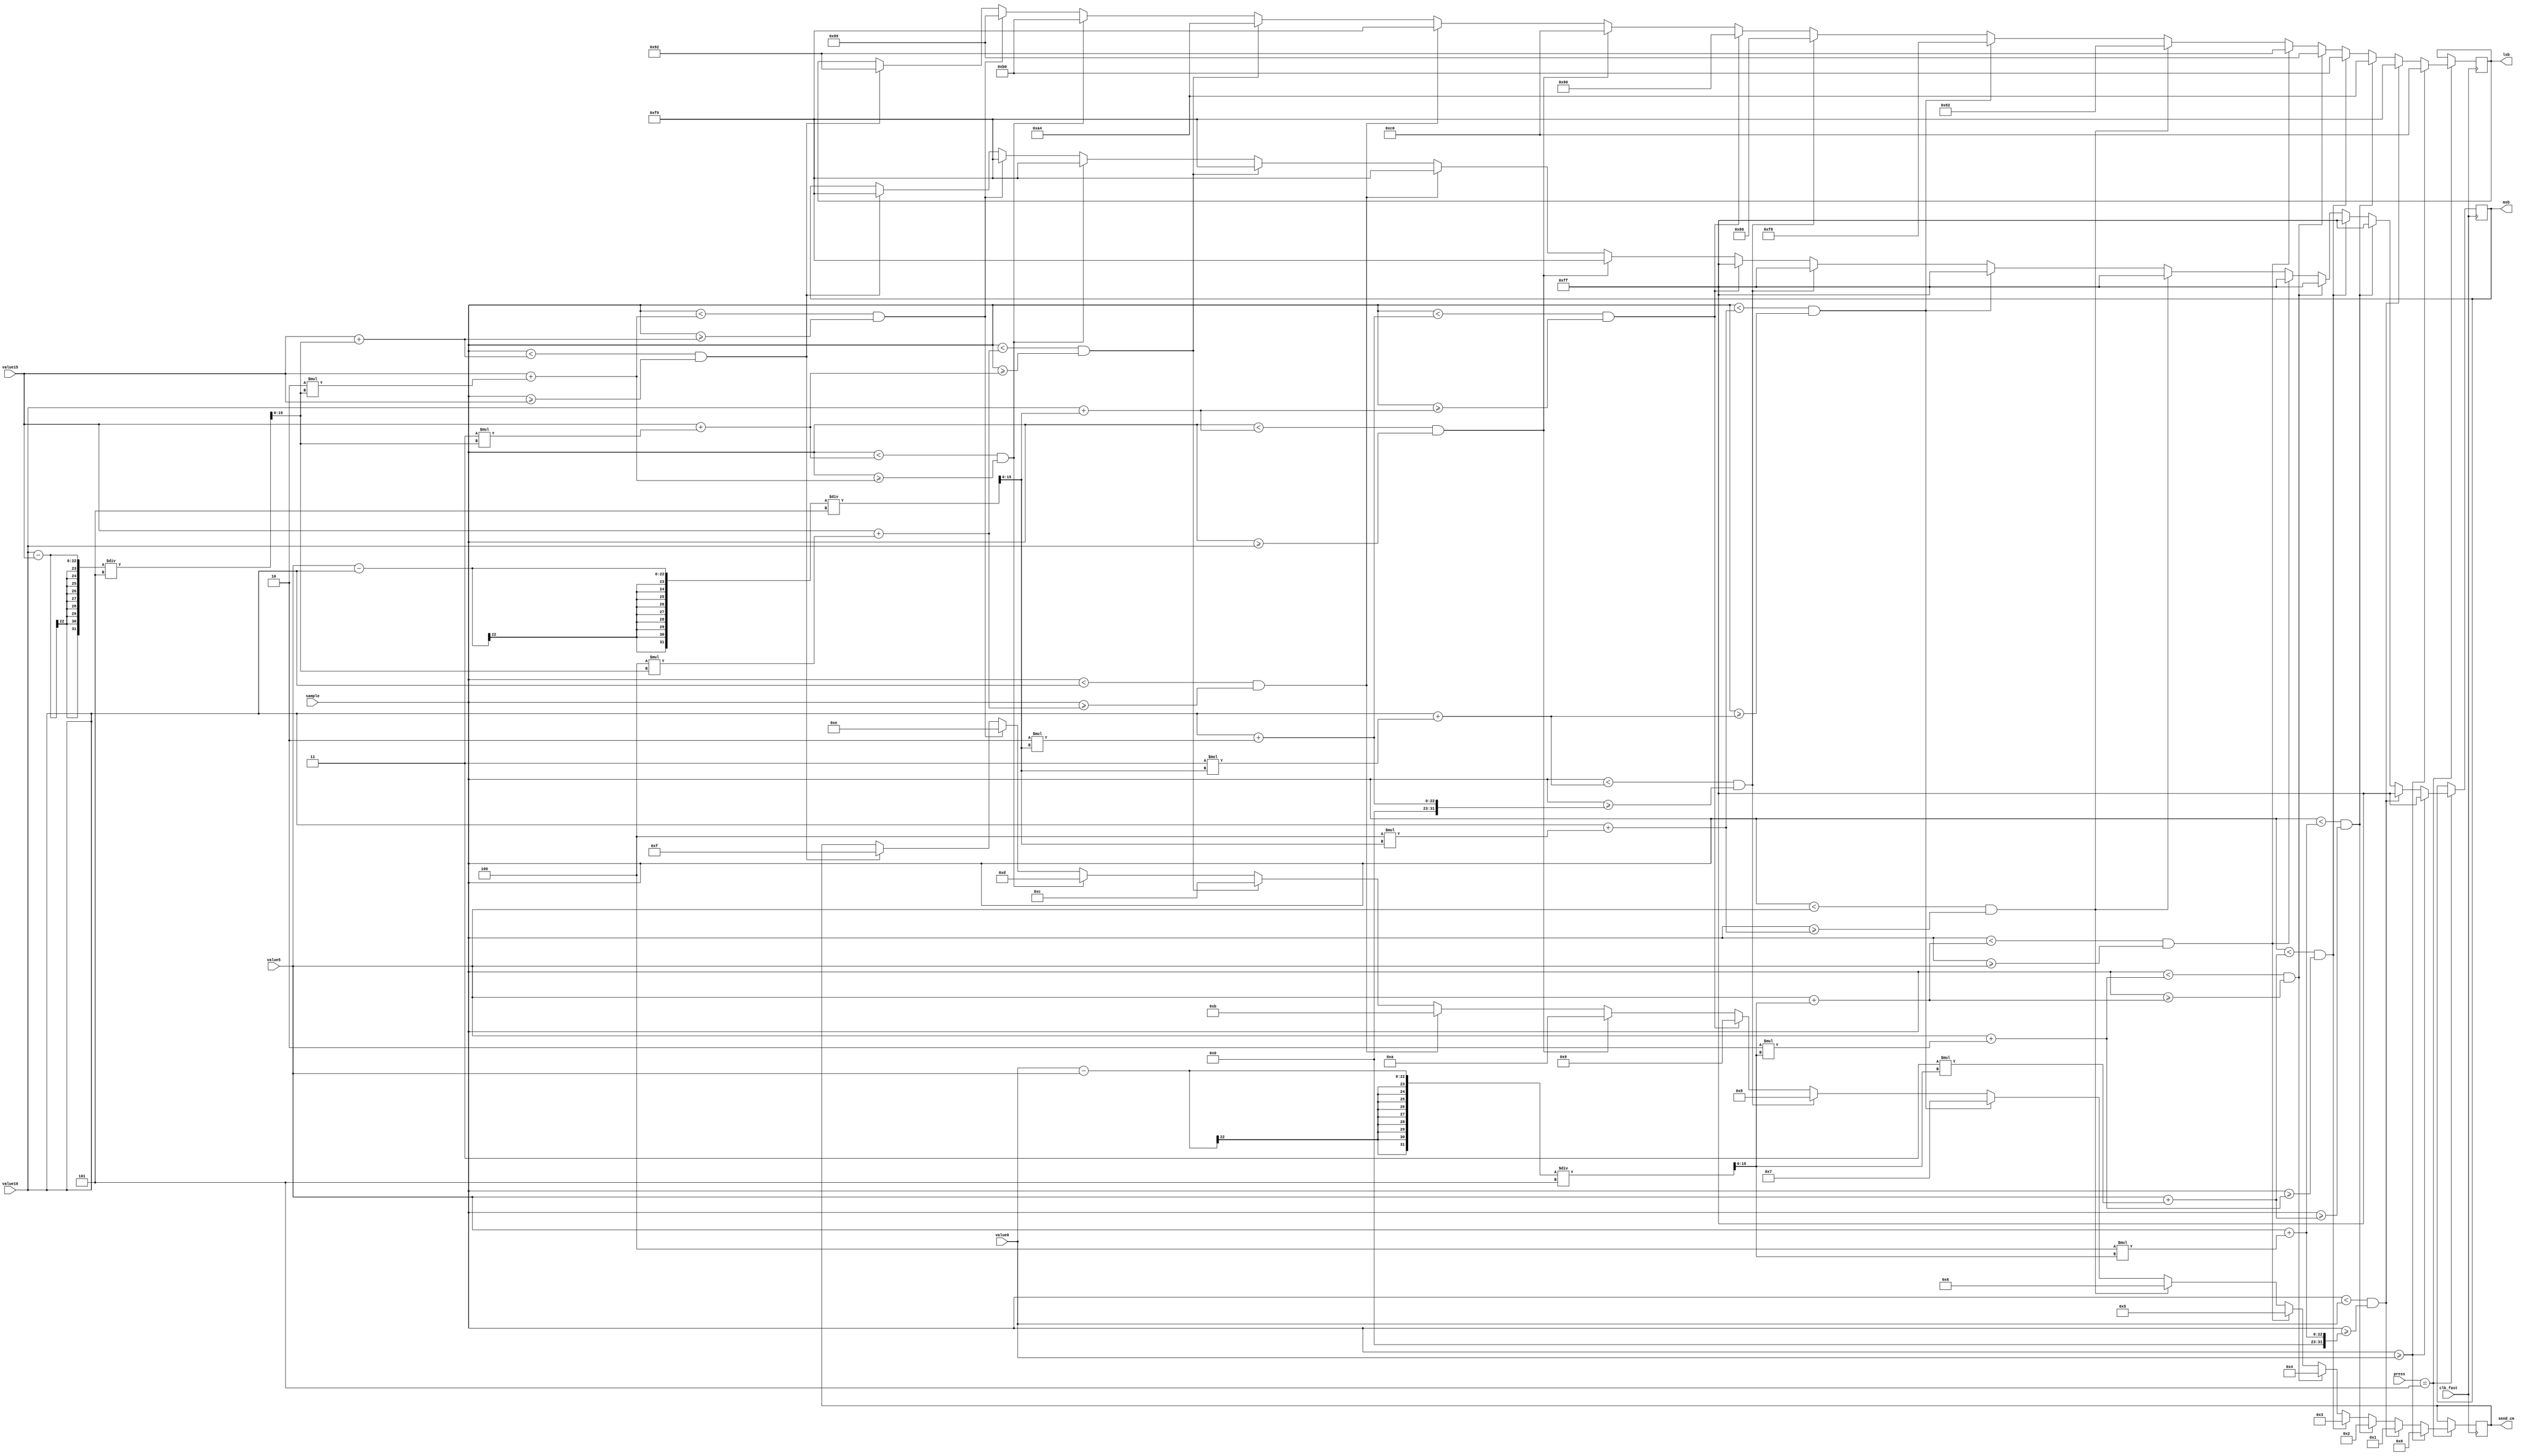
`timescale 1ns / 1ps
//////////////////////////////////////////////////////////////////////////////////
// Company: 
// Engineer: 
// 
// Design Name: 
// Module Name: assign_cm
// Project Name: 
// Target Devices: 
// Tool Versions: 
// Description: 
// 
// Dependencies: 
// 
// Revision:
// Revision 0.01 - File Created
// Additional Comments:
// 
//////////////////////////////////////////////////////////////////////////////////


module assign_cm(
    input clk_fast,
    input [3:0] press,
    input [15:0] sample,
    input [21:0]value0,value5,value10,value15,
    output reg [7:0] msb = 8'b11111111,
    output reg [7:0] lsb = 8'b11111111,
    output reg [4:0] send_cm = 0
    );
    
    reg [15:0] diff1 = 0, diff2 = 0,diff3 = 0;
    
    always @ (posedge clk_fast)
    begin
        diff1 = (value0-value5)/5;
        diff2 = (value5-value10)/5;
        diff3 = (value10-value15)/5;
        if (press == 5)
        begin
            if (sample >= value0)
            begin //0cm
                msb = 8'b11111111;
                lsb = 192;
                send_cm = 0;
            end
            else begin
            if (sample < value0 && sample >= (value5 + (4*diff1)))
            begin  
                msb = 8'b11111111;// 1 cm
                lsb = 249;
                send_cm = 1;
            end
            else begin
            if (sample < (value5 + (4*diff1)) && sample >= (value5 + (3*diff1)))
            begin  
                msb = 8'b11111111;// 2 cm
                lsb = 164;
                send_cm = 2;
            end
            else begin
            if (sample < (value5 + (3*diff1)) && sample >= (value5 + (2*diff1)))
            begin  
                msb = 8'b11111111;// 3 cm
                lsb = 176;
                send_cm = 3;
            end
            else begin
            if (sample < (value5 + (2*diff1)) && sample >= (value5 + (diff1)))
            begin  
                msb = 8'b11111111;// 4 cm
                lsb = 153;
                send_cm = 4;
            end
            else begin
            if (sample < (value5 + (diff1)) && sample >= (value5))
            begin  
                msb = 8'b11111111;// 5 cm
                lsb = 146;
                send_cm = 5;
            end
            else begin
            if (sample < (value5) && sample >= (value10 + (4*diff2)))
            begin  
                msb = 8'b11111111;// 6 cm
                lsb = 130;
                send_cm = 6;
            end
            else begin
            if (sample < (value10 + (4*diff2)) && sample >= (value10 + (3*diff2)))
            begin  
                msb = 8'b11111111;// 7 cm
                lsb = 248;
                send_cm = 7;
            end
            else begin
            if (sample < (value10 + (3*diff2)) && sample >= (value10 + (2*diff2)))
            begin  
                msb = 8'b11111111;// 8 cm
                lsb = 128;
                send_cm = 8;
            end
            else begin
            if (sample < (value10 + (2*diff2)) && sample >= (value10 + (diff2)))
            begin  
                msb = 8'b11111111;// 9 cm
                lsb = 144;
                send_cm = 9;
            end
            else begin
            if (sample < (value10 + (diff2)) && sample >= (value10))
            begin  
                msb = 249;// 10 cm
                lsb = 192;
                send_cm = 10;
            end
            else begin
            if (sample < value10 && sample >= (value15 + (4*diff3)))
            begin  
                msb = 249;// 11 cm
                lsb = 249;
                send_cm = 11;
            end
            else begin
            if (sample < (value15 + (4*diff3)) && sample >= (value15 + (3*diff3)))
            begin  
                msb = 249;// 12 cm
                lsb = 164 ;
                send_cm = 12;
            end
            else begin
            if (sample < (value15 + (3*diff3)) && sample >= (value15 + (2*diff3)))
            begin  
                msb = 249;// 13 cm
                lsb =  176 ;
                send_cm = 13;
            end
            else begin
            if (sample < (value15 + (2*diff3)) && sample >= (value15 + (diff3)))
            begin  
                msb = 249;// 14 cm
                lsb =  153 ;
                send_cm = 14;
            end
            else begin
            if (sample < (value15 + (diff3)) && sample >= (value15))
            begin  
                msb = 249;// 15 cm
                lsb =  146 ;
                send_cm = 15;
            end
            end
            end
            end
            end
            end
            end
            end
            end
            end
            end
            end
            end
            end
            end
            end
            end
            end      
endmodule